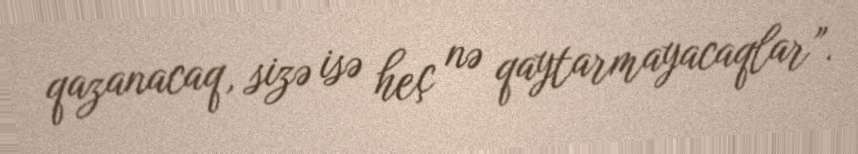
qazanacaq, sizə isə heç nə qaytarmayacaqlar”.